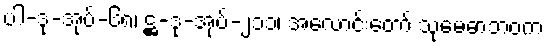
ပါ-ဒု-အုပ်-၆၈၊ ဋ္ဌ-ဒု-အုပ်-၂၁၁၊ အလောင်းတော် သုမေဓာဘဝက